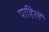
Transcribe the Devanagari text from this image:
पाहिलें